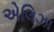
એલિઝા